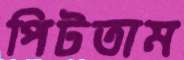
পিটতাম